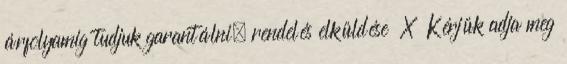
árfolyamig tudjuk garantálni. rendelés elküldése X Kérjük adja meg